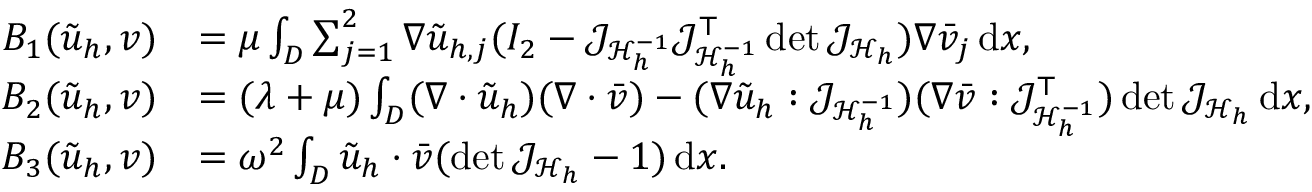
\begin{array} { r l } { B _ { 1 } ( \tilde { u } _ { h } , v ) } & { = \mu \int _ { D } \sum _ { j = 1 } ^ { 2 } \nabla \tilde { u } _ { h , j } ( I _ { 2 } - \mathcal { J } _ { \mathcal { H } _ { h } ^ { - 1 } } \mathcal { J } _ { \mathcal { H } _ { h } ^ { - 1 } } ^ { \top } \operatorname* { d e t } { \mathcal { J } _ { \mathcal { H } _ { h } } } ) \nabla \bar { v } _ { j } \, \mathrm { d } x , } \\ { B _ { 2 } ( \tilde { u } _ { h } , v ) } & { = ( \lambda + \mu ) \int _ { D } ( \nabla \cdot \tilde { u } _ { h } ) ( \nabla \cdot \bar { v } ) - ( \nabla \tilde { u } _ { h } : \mathcal { J } _ { \mathcal { H } _ { h } ^ { - 1 } } ) ( \nabla \bar { { v } } : \mathcal { J } _ { \mathcal { H } _ { h } ^ { - 1 } } ^ { \top } ) \operatorname* { d e t } { \mathcal { J } _ { \mathcal { H } _ { h } } } \, \mathrm { d } x , } \\ { B _ { 3 } ( \tilde { u } _ { h } , v ) } & { = \omega ^ { 2 } \int _ { D } \tilde { u } _ { h } \cdot \bar { v } ( \operatorname* { d e t } { \mathcal { J } _ { \mathcal { H } _ { h } } } - 1 ) \, \mathrm { d } x . } \end{array}